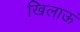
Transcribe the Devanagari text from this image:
खिलाऊं